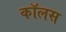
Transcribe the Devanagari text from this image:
कॉलस